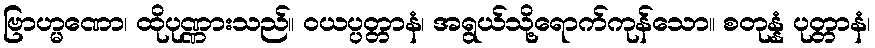
ဗြာဟ္မဏော၊ ထိုပုဏ္ဏားသည်။ ဝယပ္ပတ္တာနံ၊ အရွယ်သို့ရောက်ကုန်သော။ စတုန္နံ ပုတ္တာနံ၊